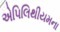
એપિલિથીયમના